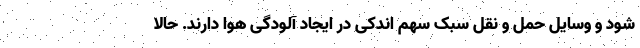
شود و وسایل حمل و نقل سبک سهم اندکی در ایجاد آلودگی هوا دارند. حالا